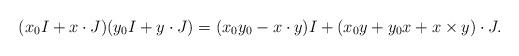
LaTeX: \begin{align*}(x_0 I + x \cdot J)( y_0 I + y \cdot J) = (x_0 y_0 - x \cdot y)I + (x_0 y + y_0 x + x \times y) \cdot J.\end{align*}